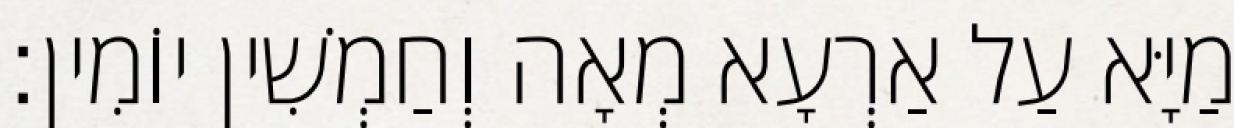
מַיָּא עַל אַרְעָא מְאָה וְחַמְשִׁין יוֹמִין׃